NAE_ERA_R-2324_Eesti_Vabariigi_Pohiseaduslik_Assamblee, lk 149
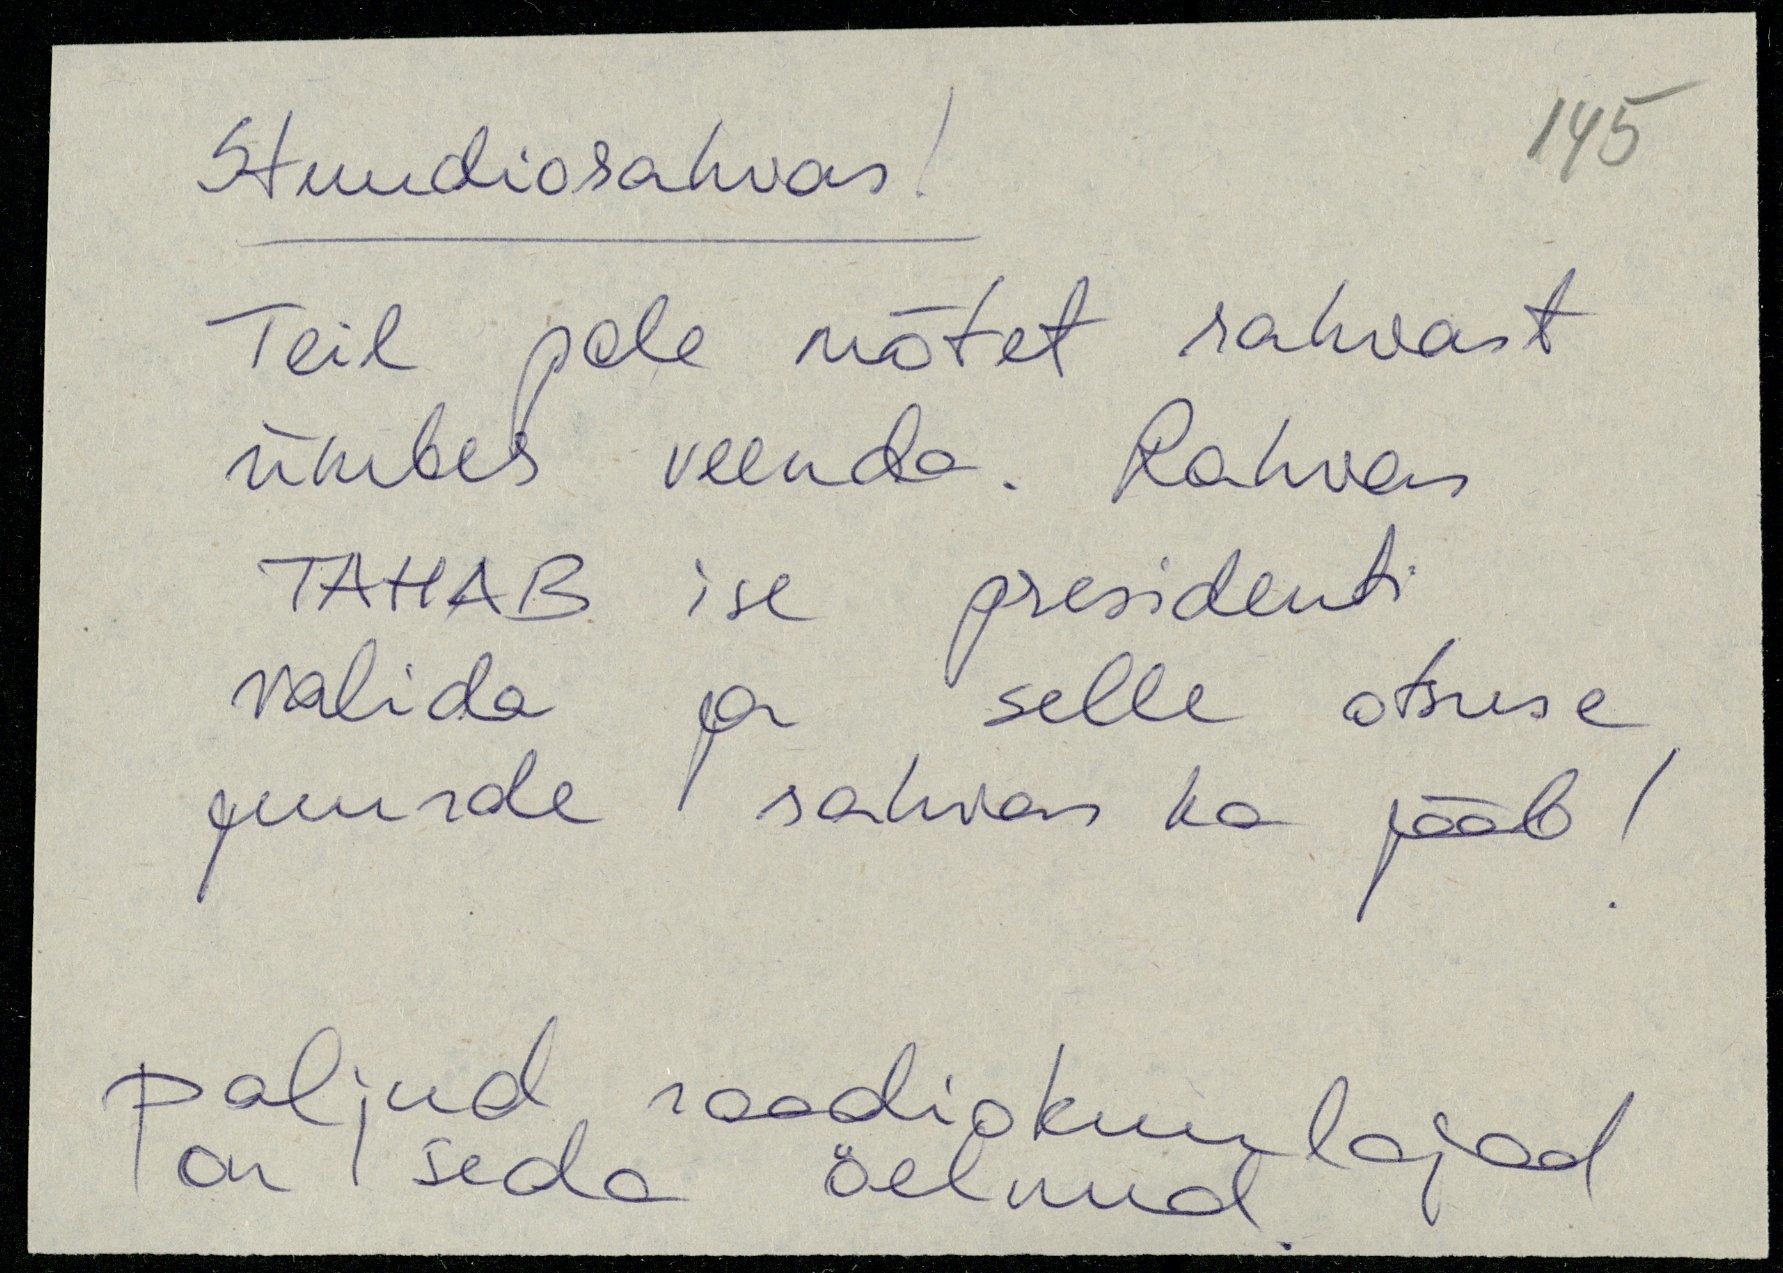
Stuudiorahvas!
Teil pole mõtet rahvast
ümber veenda. Rahvas
TAHAB ise presidenti
valida ja selle otsuse
juurde rahwas ka jääb !
paljud raadiokuulajad
on seda öelnud